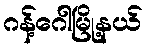
ဂန့်ဂေါမြို့နယ်